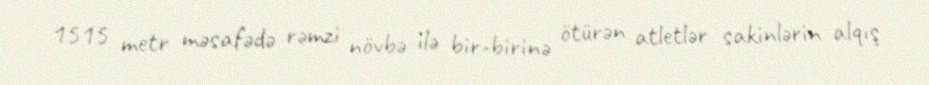
1515 metr məsafədə rəmzi növbə ilə bir-birinə ötürən atletlər sakinlərin alqış